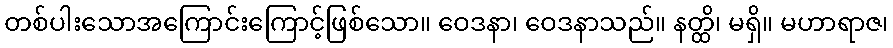
တစ်ပါးသောအကြောင်းကြောင့်ဖြစ်သော။ ဝေဒနာ၊ ဝေဒနာသည်။ နတ္ထိ၊ မရှိ။ မဟာရာဇ၊